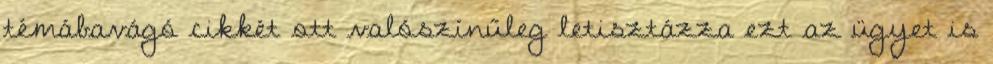
témábavágó cikkét ott valószínűleg letisztázza ezt az ügyet is